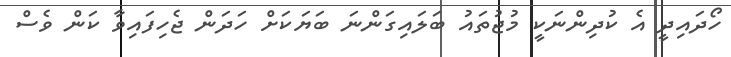
ހޯދައިދީ އެ ކުދިންނަކީ މުޖުތައު ބަލައިގަންނަ ބަޔަކަށް ހަދަން ޖެހިފައިވާ ކަން ވެސް